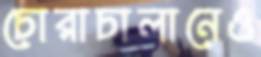
চোরাচালানেও